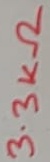
Text: 3.3KΩ